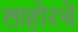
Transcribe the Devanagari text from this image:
लाहोरचे